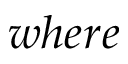
w h e r e